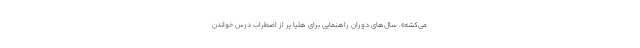
می‌کشه». سال‌های دوران راهنمایی برای هلیا پر از اضطراب درس خواندن